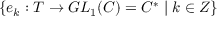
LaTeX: \{ e _ { k } : T \rightarrow G L _ { 1 } ( C ) = C ^ { * } \mid k \in Z \}